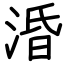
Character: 涽